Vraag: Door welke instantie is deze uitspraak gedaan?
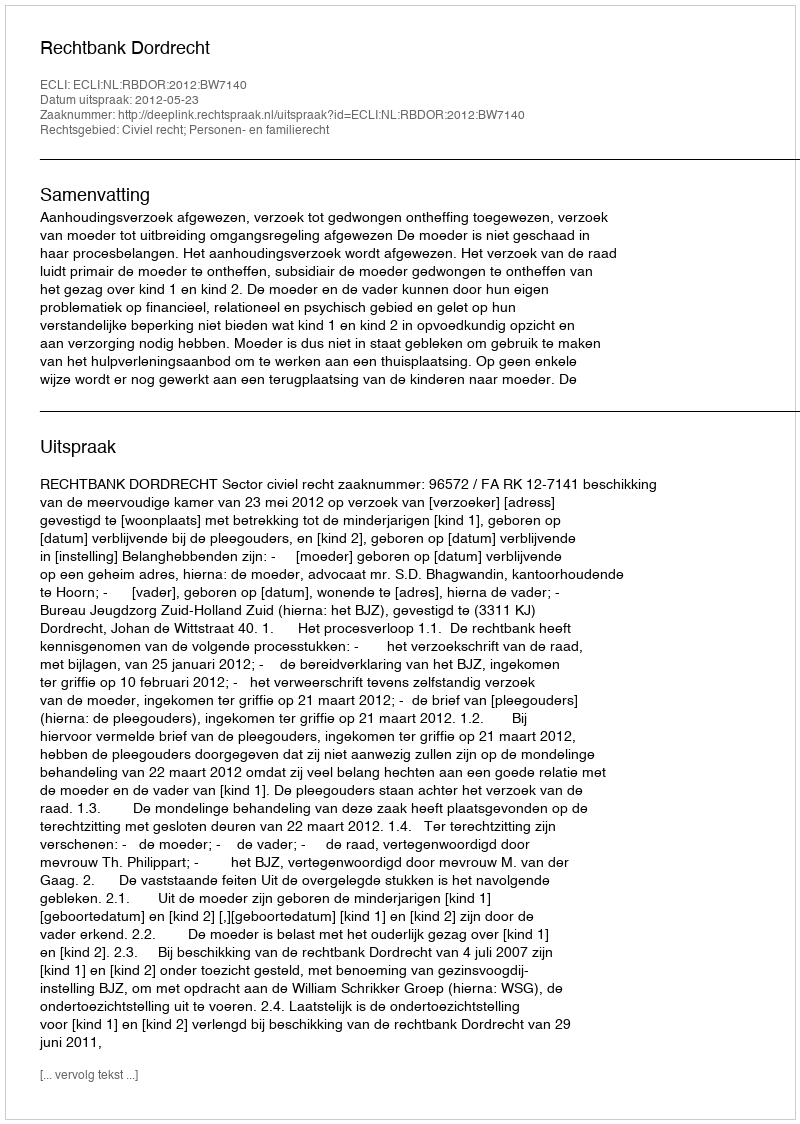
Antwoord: Rechtbank Dordrecht